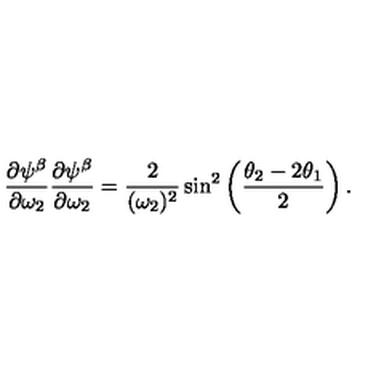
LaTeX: { \frac { \partial \psi ^ { \beta } } { \partial \omega _ { 2 } } } { \frac { \partial \psi ^ { \beta } } { \partial \omega _ { 2 } } } = { \frac { 2 } { ( \omega _ { 2 } ) ^ { 2 } } } \sin ^ { 2 } \left( { \frac { \theta _ { 2 } - 2 \theta _ { 1 } } { 2 } } \right) .